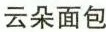
云朵面包